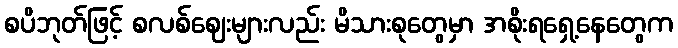
စပိဘုတ်ဖြင့် စလစ်ဈေးများလည်း မိသားစုတွေမှာ အစိုးရရှေ့နေတွေက